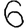
Digit: 6